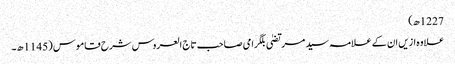
1227ھ)
علاوہ ازیں ان کے علامہ سید مرتضیٰ بلگرامی صاحب تاج العروس شرح قاموس (1145ھ۔